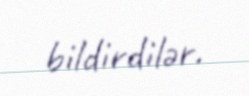
bildirdilər.